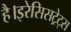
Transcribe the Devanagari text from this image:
है।इरेसिसट्रेट्स